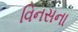
વિનસના